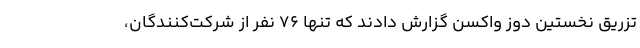
تزریق نخستین دوز واکسن گزارش دادند که تنها ۷۶ نفر از شرکت‌کنندگان،